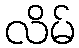
လိမ်